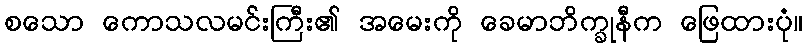
စသော ကောသလမင်းကြီး၏ အမေးကို ခေမာဘိက္ခုနီက ဖြေထားပုံ။